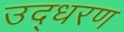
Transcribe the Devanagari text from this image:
उद्‍धरण